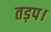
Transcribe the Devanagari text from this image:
तड़प।